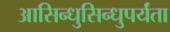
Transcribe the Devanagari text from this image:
आसिन्धुसिन्धुपर्यंता